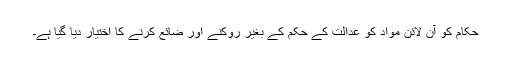
حکام کو آن لائن مواد کو عدالت کے حکم کے بغیر روکنے اور ضائع کرنے کا اختیار دیا گیا ہے۔